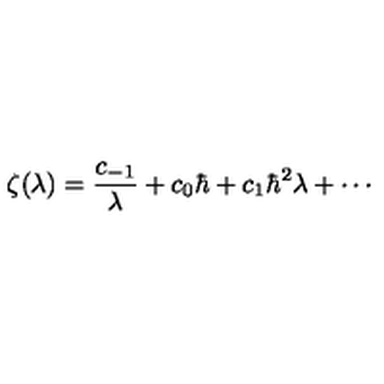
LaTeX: \zeta ( \lambda ) = \frac { c _ { - 1 } } { \lambda } + c _ { 0 } \hbar + c _ { 1 } \hbar ^ { 2 } \lambda + \cdots